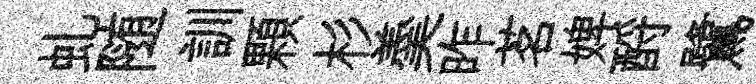
虬随訓顆杉羮昨茗婢酹鷺